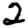
Digit: 2